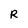
Character: R